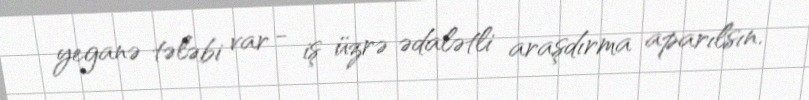
yeganə tələbi var - iş üzrə ədalətli araşdırma aparılsın.